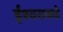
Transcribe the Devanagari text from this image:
ईश्‍वराकडे